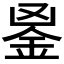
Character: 𨥢